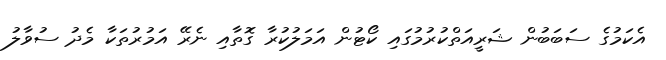
އެކަމުގެ ސަބަބުން ޝަރީއަތްކުރުމުގައި ކޯޓުން އަމަލުކުރާ ގޮތާއި ނެރޭ އަމުރުތަކާ މެދު ސުވާލު